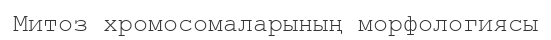
Митоз хромосомаларының морфологиясы